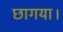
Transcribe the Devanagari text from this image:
छागया।